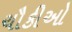
ચૌકીઓ